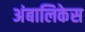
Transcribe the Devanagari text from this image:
अंबालिकेस